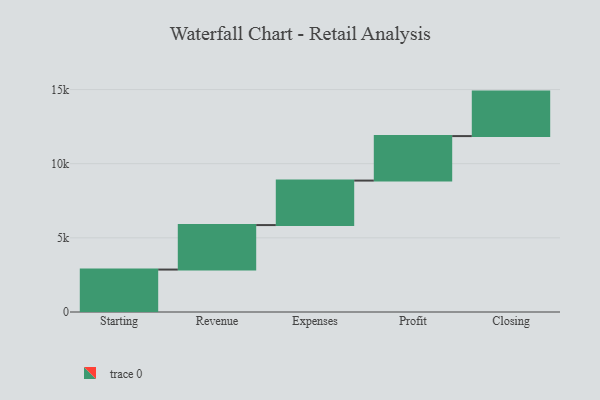
{"axis": {"x": "Step", "y": "Value"}, "legend": [""], "data": [{"x": "Starting", "y": 2862.0, "type": ""}, {"x": "Revenue", "y": 3000, "type": ""}, {"x": "Expenses", "y": 3000, "type": ""}, {"x": "Profit", "y": 3000, "type": ""}, {"x": "Closing", "y": 3000, "type": ""}]}